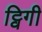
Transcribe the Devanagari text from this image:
ट्विगी